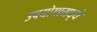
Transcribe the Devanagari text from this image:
उपयोगांमध्ये